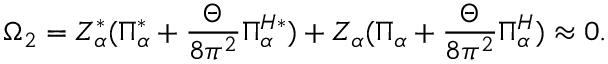
\Omega _ { 2 } = Z _ { \alpha } ^ { * } ( \Pi _ { \alpha } ^ { * } + \frac { \Theta } { 8 \pi ^ { 2 } } \Pi _ { \alpha } ^ { H * } ) + Z _ { \alpha } ( \Pi _ { \alpha } + \frac { \Theta } { 8 \pi ^ { 2 } } \Pi _ { \alpha } ^ { H } ) \approx 0 .